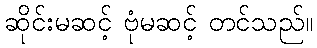
ဆိုင်းမဆင့် ဗုံမဆင့် တင်သည်။